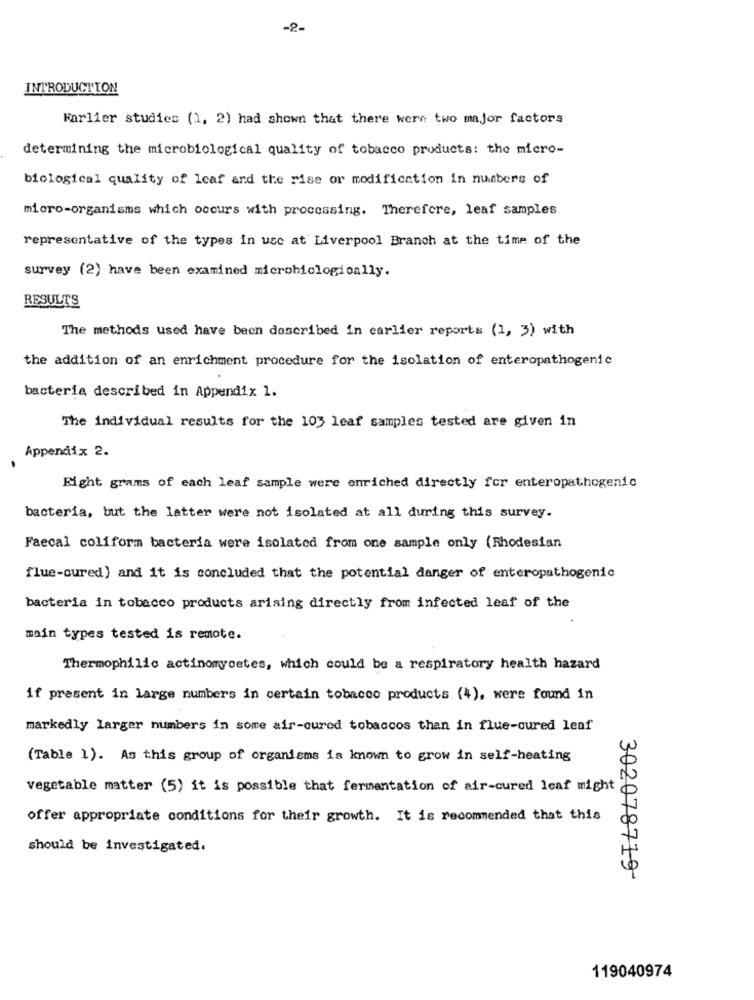
-2-
INTRODUCTION
Farlier studies (1, 2) had shown that there were two major factors
determining the microbiological quality of tobacco products: the micro-
biological quality of leaf and the rise or modification in numbers of
micro-organisms which occurs with processing. Therefore, leaf samples
representative of the types in usc at Liverpool Branch at the time of the
survey (2) have been examined microbiologically.
RESULTS
The methods used have been described in earlier reports (1, 3) with
the addition of an enrichment procedure for the isolation of enteropathogenic
bacteria described in Appendix 1.
The individual results for the 103 leaf samples tested are given in
Appendix 2.
Eight grams of each leaf sample were enriched directly for enteropathogenic
bacteria, but the latter were not isolated at all during this survey.
Faecal coliform bacteria were isolated from one sample only (Rhodesian
flue-cured) and it is concluded that the potential danger of enteropathogenic
bacteria in tobacco products arising directly from infected leaf of the
main types tested is remote.
Thermophilic actinomycetes, which could be a respiratory health hazard
if present in large numbers in certain tobacco products (4), were found in
markedly larger numbers in some air-cured tobaccos than in flue-cured leaf
(Table 1). As this group of organisms is known to grow in self-heating
vegetable matter (5) it is possible that fermentation of air-cured leaf might
offer appropriate conditions for their growth. It is recommended that this
should be investigated.
302078719-
119040974